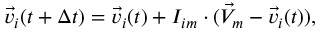
\vec { v } _ { i } ( t + \Delta t ) = \vec { v } _ { i } ( t ) + I _ { i m } \cdot ( \vec { V } _ { m } - \vec { v } _ { i } ( t ) ) ,